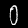
Label: 0